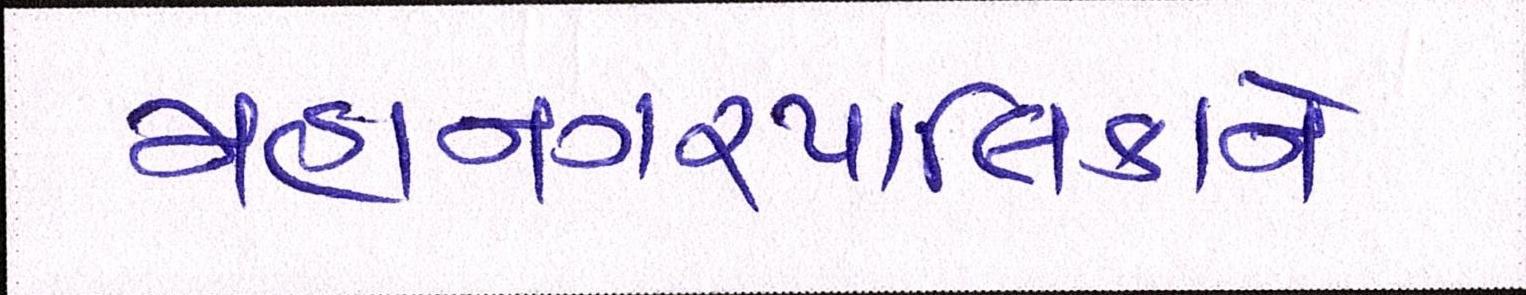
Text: મહાનગરપાલિકાને